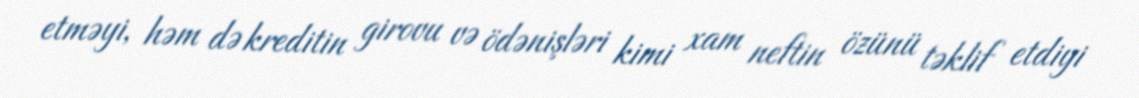
etməyi, həm də kreditin girovu və ödənişləri kimi xam neftin özünü təklif etdiyi